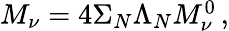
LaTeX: \begin{array}{r}{M_{\nu}=4\Sigma_{N}\Lambda_{N}M_{\nu}^{0}\, ,}\end{array}